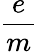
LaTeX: \frac{e}{m}